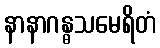
နာနာဂန္ဓသမေရိတံ